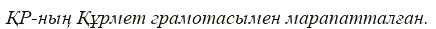
ҚР-ның Құрмет грамотасымен марапатталған.